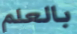
بالعلم